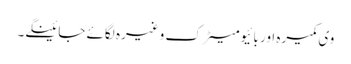
وی کمیرہ اور بائیومیٹرک وغیرہ لگائے جائینگے۔